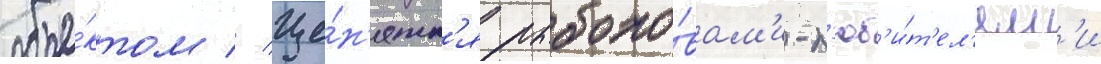
объе́ктом // Це́н'ятс'я рыболо́вам'и-л'юб'и́т'ел'ям'и